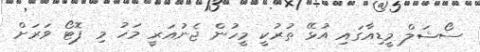
ސޯޝަލް މީޑިއާގައި އުޅޭ ތުރުކީ މީހުން ޖެނުއަރީ މަހު މި ފޮޓޯ ވަރަށް